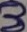
Text: 3